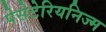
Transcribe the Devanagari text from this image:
पेसेटेरियनिज्म